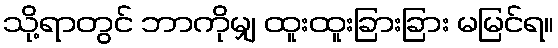
သို့ရာတွင် ဘာကိုမျှ ထူးထူးခြားခြား မမြင်ရ။